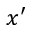
x ^ { \prime }